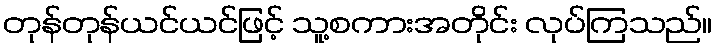
တုန်တုန်ယင်ယင်ဖြင့် သူ့စကားအတိုင်း လုပ်ကြသည်။